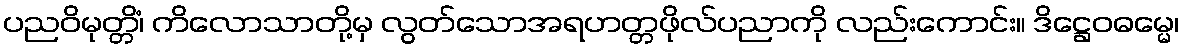
ပညဝိမုတ္တိံ၊ ကိလောသာတို့မှ လွတ်သောအရဟတ္တဖိုလ်ပညာကို လည်းကောင်း။ ဒိဋ္ဌေဝဓမ္မေ၊